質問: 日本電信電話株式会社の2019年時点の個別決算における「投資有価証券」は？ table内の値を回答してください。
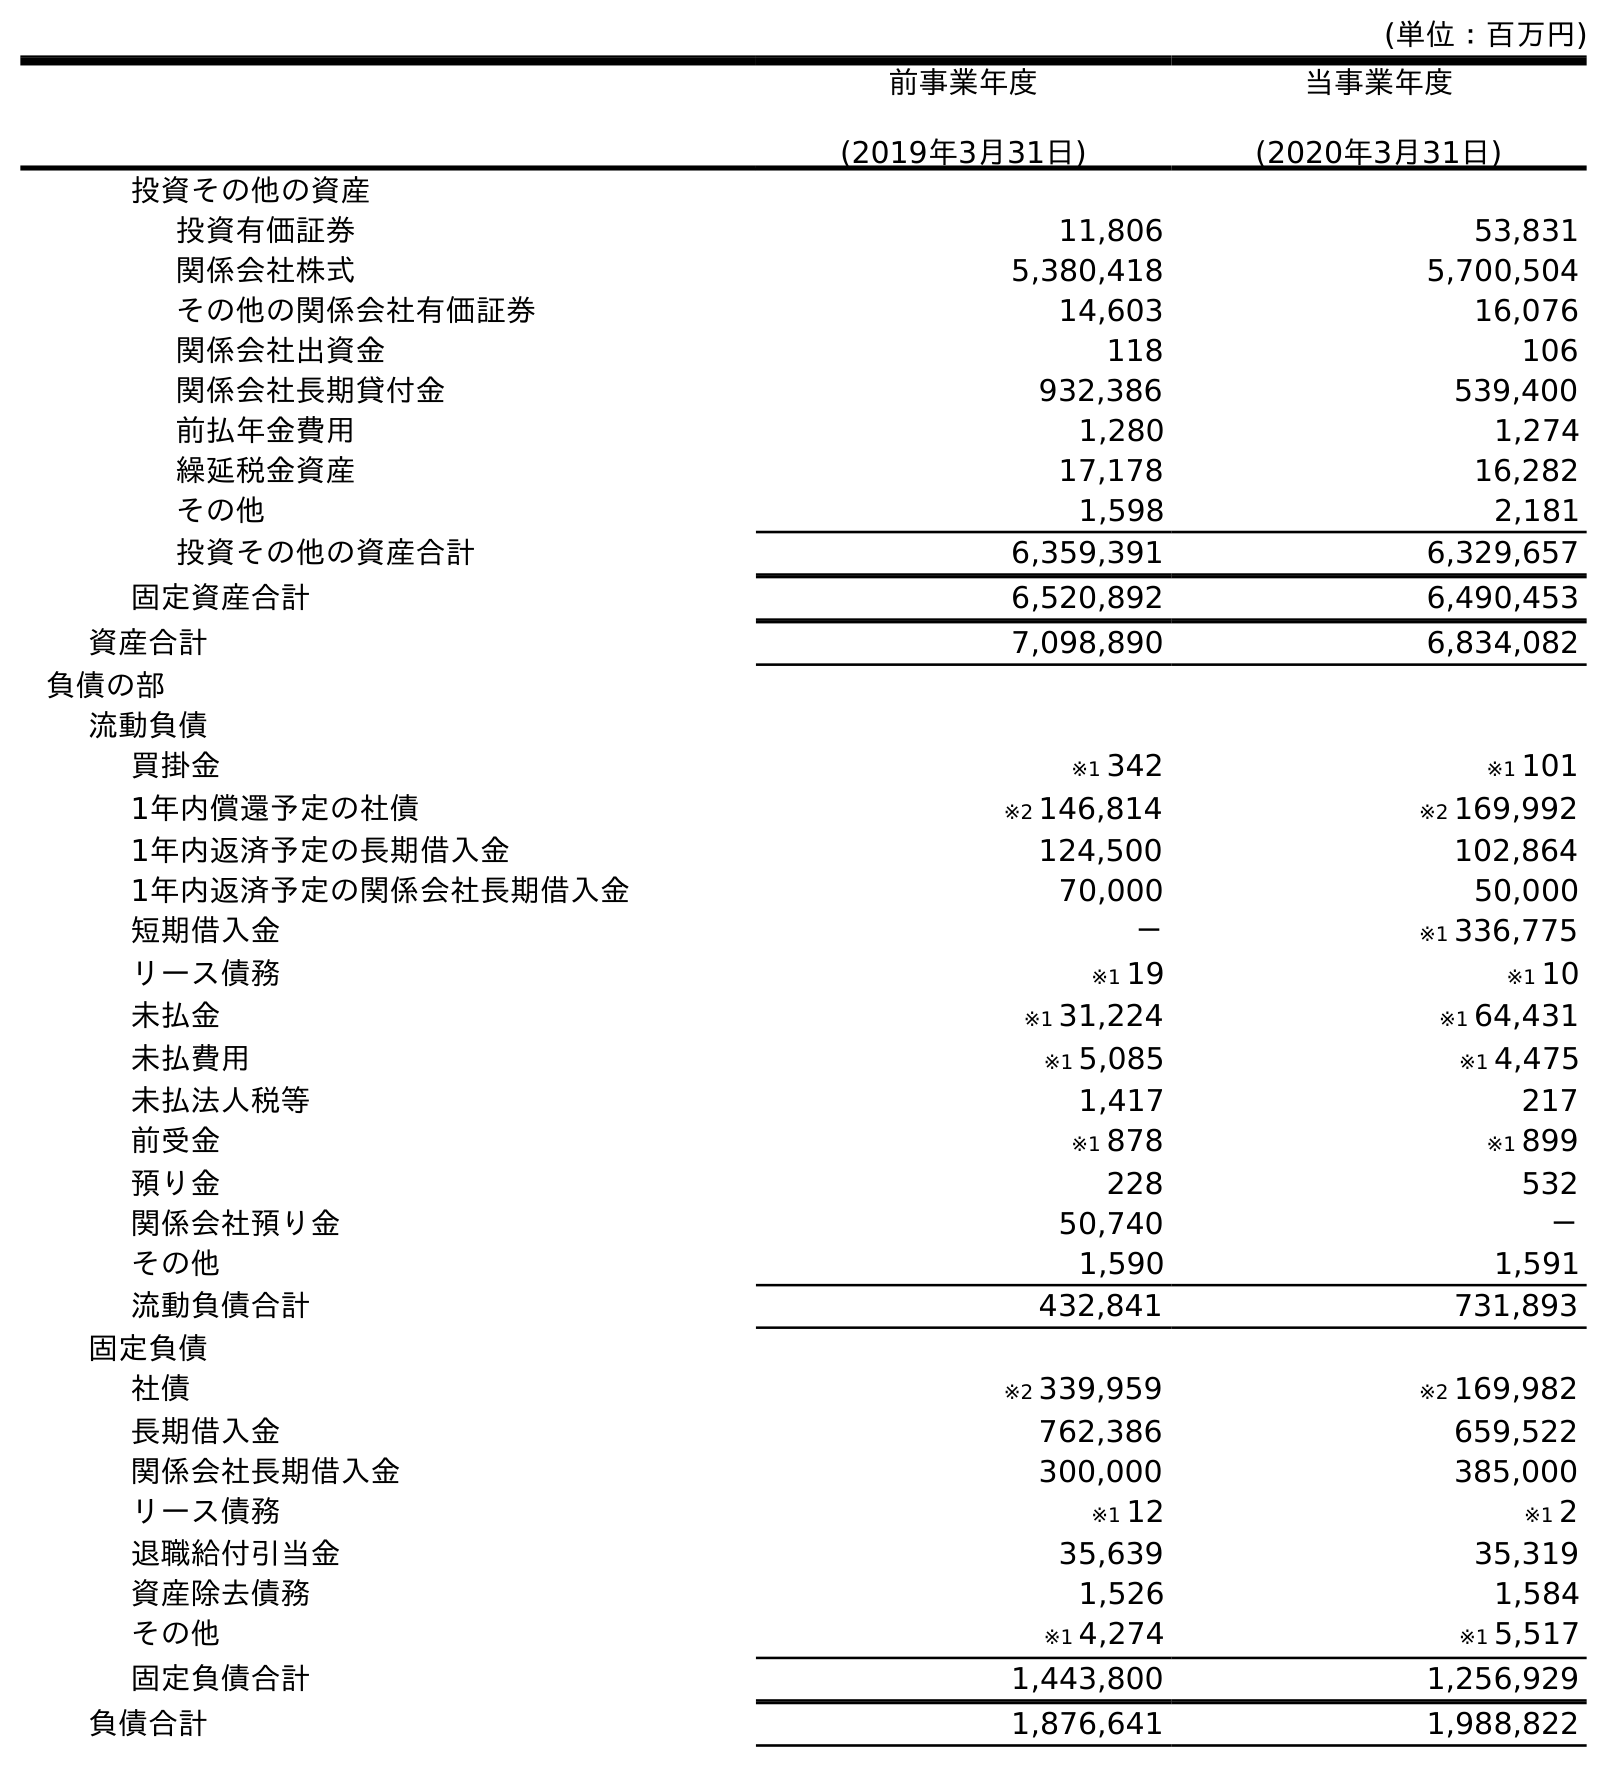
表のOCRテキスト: (単位：百万円) 前事業年度 (2019年3月31日) 当事業年度 (2020年3月31日) 投資その他の資産 投資有価証券 11,806 53,831 関係会社株式 5,380,418 5,700,504 その他の関係会社有価証券 14,603 16,076 関係会社出資金 118 106 関係会社長期貸付金 932,386 539,400 前払年金費用 1,280 1,274 繰延税金資産 17,178 16,282 その他 1,598 2,181 投資その他の資産合計 6,359,391 6,329,657 固定資産合計 6,520,892 6,490,453 資産合計 7,098,890 6,834,082 負債の部 流動負債 買掛金 ※1 342 ※1 101 1年内償還予定の社債 ※2 146,814 ※2 169,992 1年内返済予定の長期借入金 124,500 102,864 1年内返済予定の関係会社長期借入金 70,000 50,000 短期借入金 － ※1 336,775 リース債務 ※1 19 ※1 10 未払金 ※1 31,224 ※1 64,431 未払費用 ※1 5,085 ※1 4,475 未払法人税等 1,417 217 前受金 ※1 878 ※1 899 預り金 228 532 関係会社預り金 50,740 － その他 1,590 1,591 流動負債合計 432,841 731,893 固定負債 社債 ※2 339,959 ※2 169,982 長期借入金 762,386 659,522 関係会社長期借入金 300,000 385,000 リース債務 ※1 12 ※1 2 退職給付引当金 35,639 35,319 資産除去債務 1,526 1,584 その他 ※1 4,274 ※1 5,517 固定負債合計 1,443,800 1,256,929 負債合計 1,876,641 1,988,822
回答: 11,806